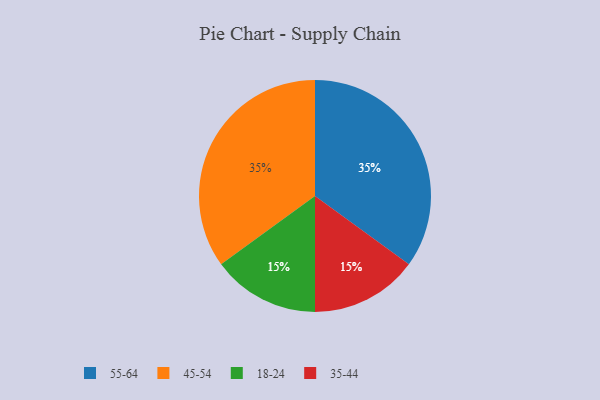
{"axis": {"x": "Category", "y": "Percentage"}, "legend": ["18-24", "35-44", "45-54", "55-64"], "data": [{"x": "18-24", "y": 15, "type": "18-24"}, {"x": "35-44", "y": 15, "type": "35-44"}, {"x": "55-64", "y": 35, "type": "55-64"}, {"x": "45-54", "y": 35, "type": "45-54"}]}